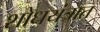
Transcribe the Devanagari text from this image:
शोधयंत्रात